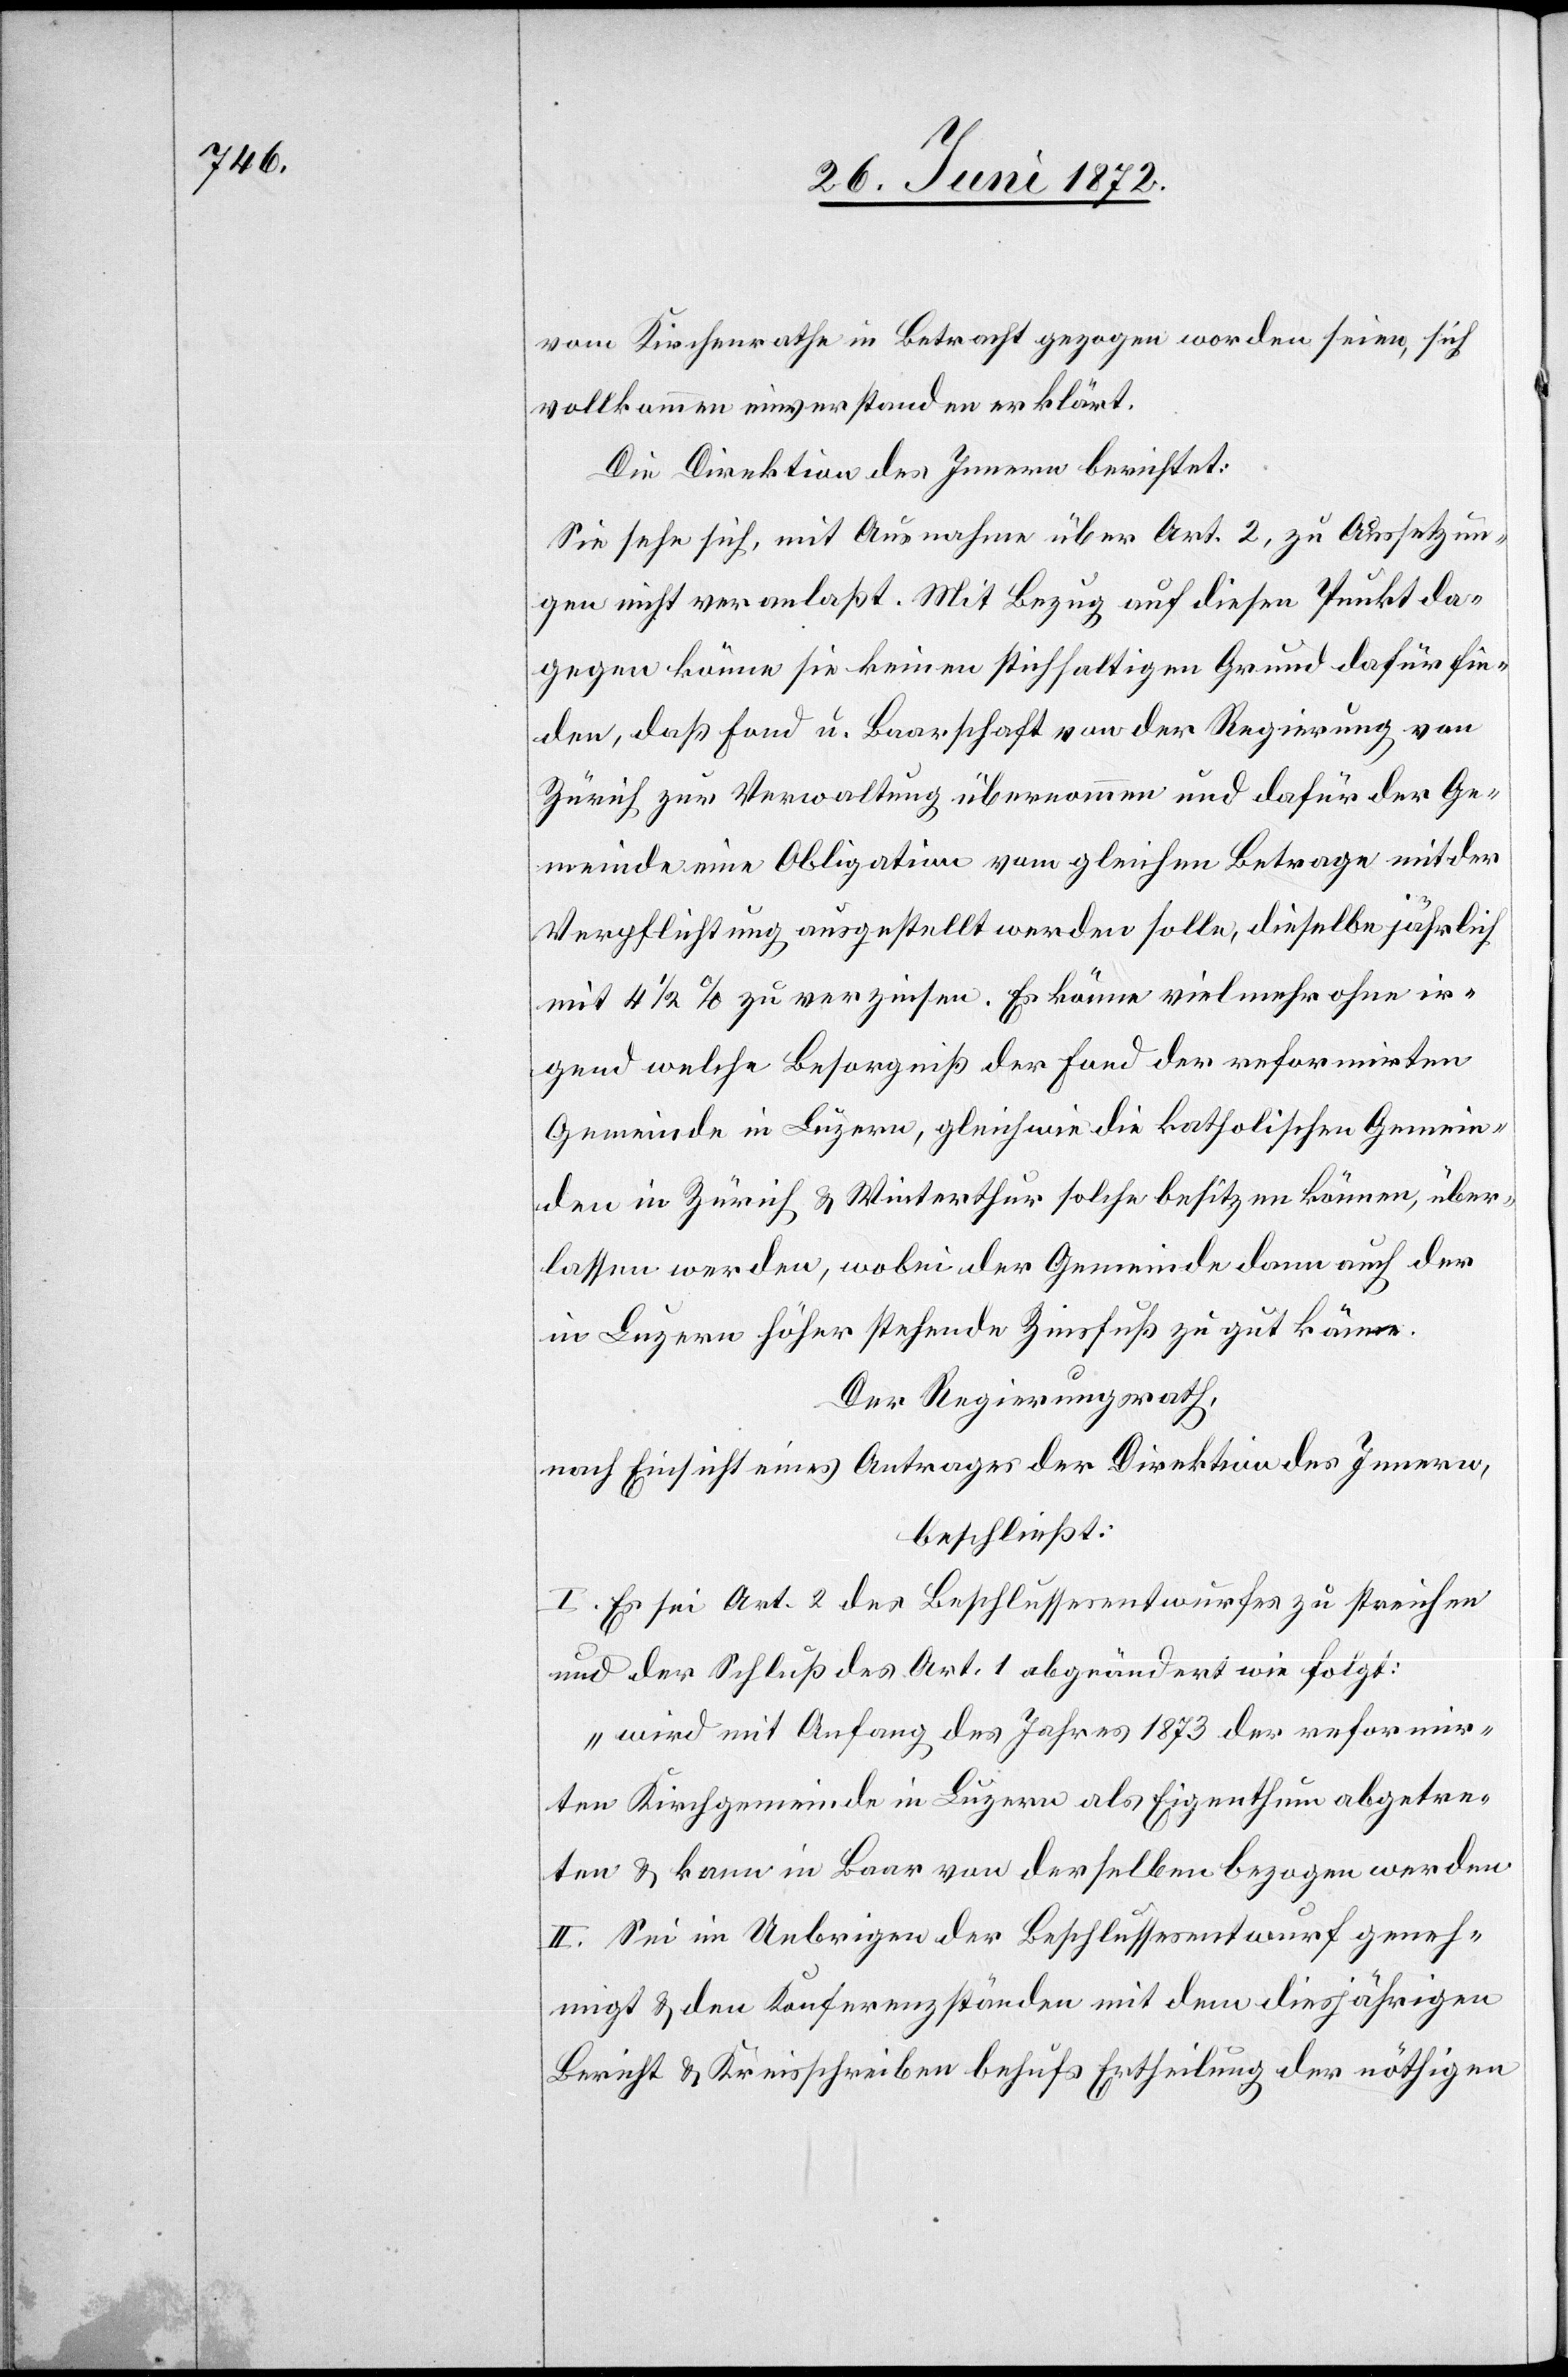
vom Kirchenrathe in Betracht gezogen worden seien, sich
vollkommen einverstanden erklärt.
Die Direktion des Innern berichtet:
Sie sehe sich, mit Ausnahme über Art. 2, zu Aussetzun¬
gen nicht veranlaßt. Mit Bezug auf diesen Punkt da¬
gegen könne sie keinen stichhaltigen Grund dafür fin¬
den, daß Fond u. Baarschaft von der Regierung von
Zürich zur Verwaltung übernommen und dafür der Ge¬
meinde eine Obligation vom gleichen Betrage mit der
Verpflichtung ausgestellt werden solle, dieselbe jährlich
mit 4 1/2% zu verzinsen. Es könne vielmehr ohne ir¬
gend welche Besorgniß der Fond der reformirten
Gemeinde in Luzern, gleichwie die katholischen Gemein¬
den in Zürich u. Winterthur solche besitzen können, über¬
lassen werden, wobei der Gemeinde dann auch der
in Luzern höher stehende Zinsfuß zu gut käme.
Der Regierungsrath,
nach Einsicht eines Antrages der Direktion des Innern,
beschließt:
I. Es sei Art. 2 des Beschlussesentwurfes zu streichen
und der Schluß des Art. 1 abgeändert wie folgt:
„wird mit Anfang des Jahres 1873 der reformir¬
ten Kirchgemeinde in Luzern als Eigenthum abgetre¬
ten u. kann in Baar von derselben bezogen werden[“]
II. Sei im Uebrigen der Beschlussesentwurf geneh¬
migt u. den Konferenzständen mit dem diesjährigen
Bericht u. Kreisschreiben behufs Ertheilung der nöthigen